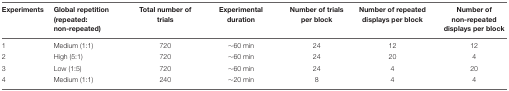
<table><thead><tr><td><b>Experiments</b></td><td><b>Global repetition (repeated: non-repeated)</b></td><td><b>Total number of trials</b></td><td><b>Experimental duration</b></td><td><b>Number of trials per block</b></td><td><b>Number of repeated displays per block</b></td><td><b>Number of non-repeated displays per block</b></td></tr></thead><tbody><tr><td>1</td><td>Medium (1:1)</td><td>720</td><td>∼60 min</td><td>24</td><td>12</td><td>12</td></tr><tr><td>2</td><td>High (5:1)</td><td>720</td><td>∼60 min</td><td>24</td><td>20</td><td>4</td></tr><tr><td>3</td><td>Low (1:5)</td><td>720</td><td>∼60 min</td><td>24</td><td>4</td><td>20</td></tr><tr><td>4</td><td>Medium (1:1)</td><td>240</td><td>∼20 min</td><td>8</td><td>4</td><td>4</td></tr></tbody></table>